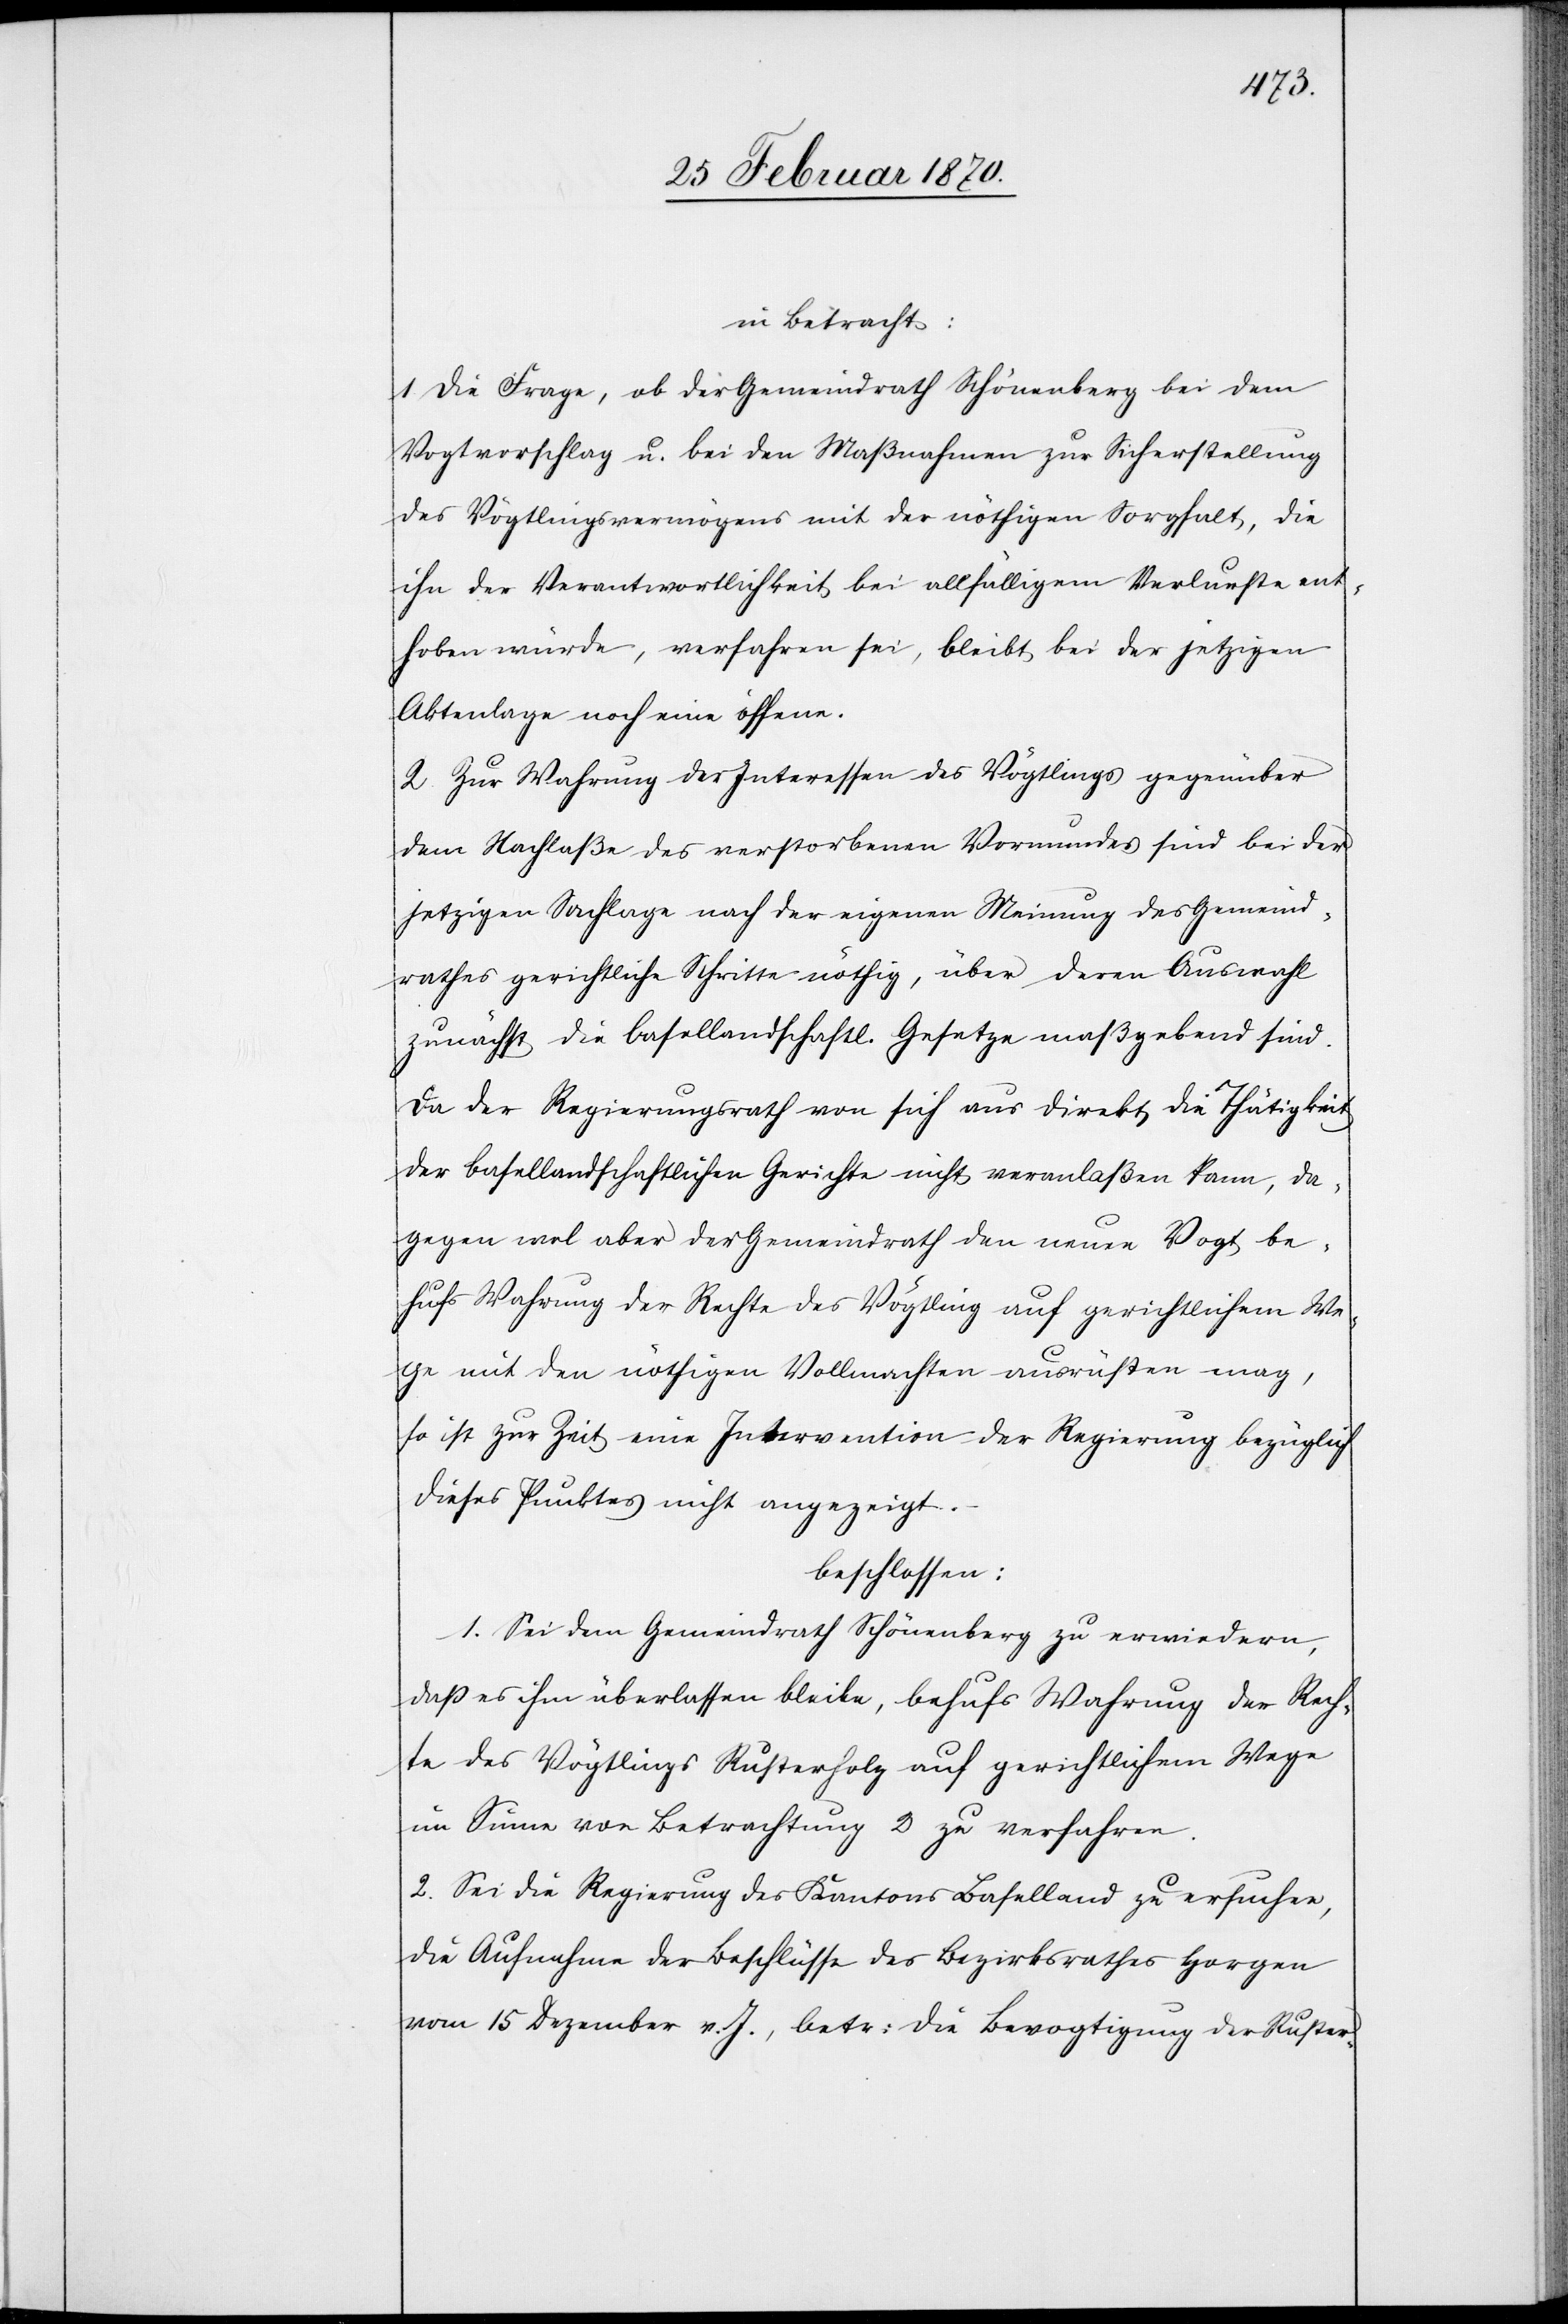
in Betracht:
1. Die Frage, ob der Gemeindrath Schönenberg bei dem
Vogtvorschlag u. bei den Maßnahmen zur Sicherstellung
des Vögtlingsvermögens mit der nöthigen Sorgfalt, die
ihn der Verantwortlichkeit bei allfälligem Verlurste ent¬
heben würde, verfahren sei, bleibt bei der jetzigen
Aktenlage noch eine offene.
2. Zur Wahrung der Interessen des Vögtlings gegenüber
dem Nachlaße des verstorbenen Vormundes sind bei der
jetzigen Sachlage nach der eigenen Meinung des Gemeind¬
rathes gerichtliche Schritte nöthig, über deren Auswahl
zunächst die basellandschaftl. Gesetze maßgebend sind.
Da der Regierungsrath von sich aus direkt die Thätigkeit
der basellandschaftlichen Gerichte nicht veranlaßen kann, da¬
gegen wol aber der Gemeindrath den neuen Vogt be¬
hufs Wahrung der Rechte des Vögtlings auf gerichtlichem We¬
ge mit den nöthigen Vollmachten ausrüsten mag,
so ist zur Zeit eine Intervention der Regierung bezüglich
dieses Punktes nicht angezeigt.
beschlossen:
1. Sei dem Gemeindrath Schönenberg zu erwiedern,
daß es ihm überlassen bleibe, behufs Wahrung der Rech¬
te des Vögtlings Rusterholz auf gerichtlichem Wege
im Sinne von Betrachtung 2 zu verfahren.
2. Sei die Regierung des Kantons Baselland zu ersuchen,
die Aufnahme der Beschlüsse des Bezirksrathes Horgen
vom 15 Dezember v. J., betr: die Bevogtigung des Ruster-